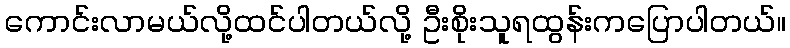
ကောင်းလာမယ်လို့ထင်ပါတယ်လို့ ဦးစိုးသူရထွန်းကပြောပါတယ်။